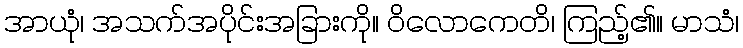
အာယုံ၊ အသက်အပိုင်းအခြားကို။ ဝိလောကေတိ၊ ကြည့်၏။ မာသံ၊